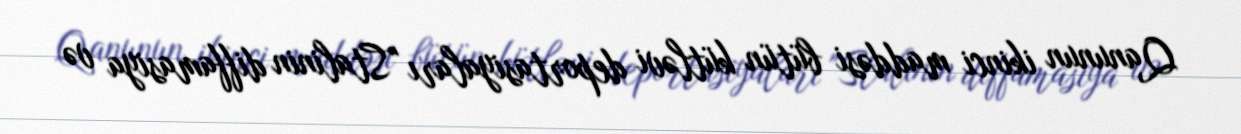
Qanunun ikinci maddəsi bütün kütləvi deportasiyaları "Stalinin diffamasiya və